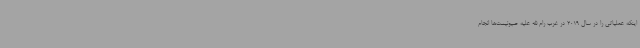
اینکه عملیاتی را در سال 2019 در غرب رام الله علیه صیونیست‌ها انجام